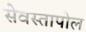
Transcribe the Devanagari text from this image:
सेवस्तापोल